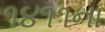
૧૪૧૧ના